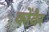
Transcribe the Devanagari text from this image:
कोंवैर